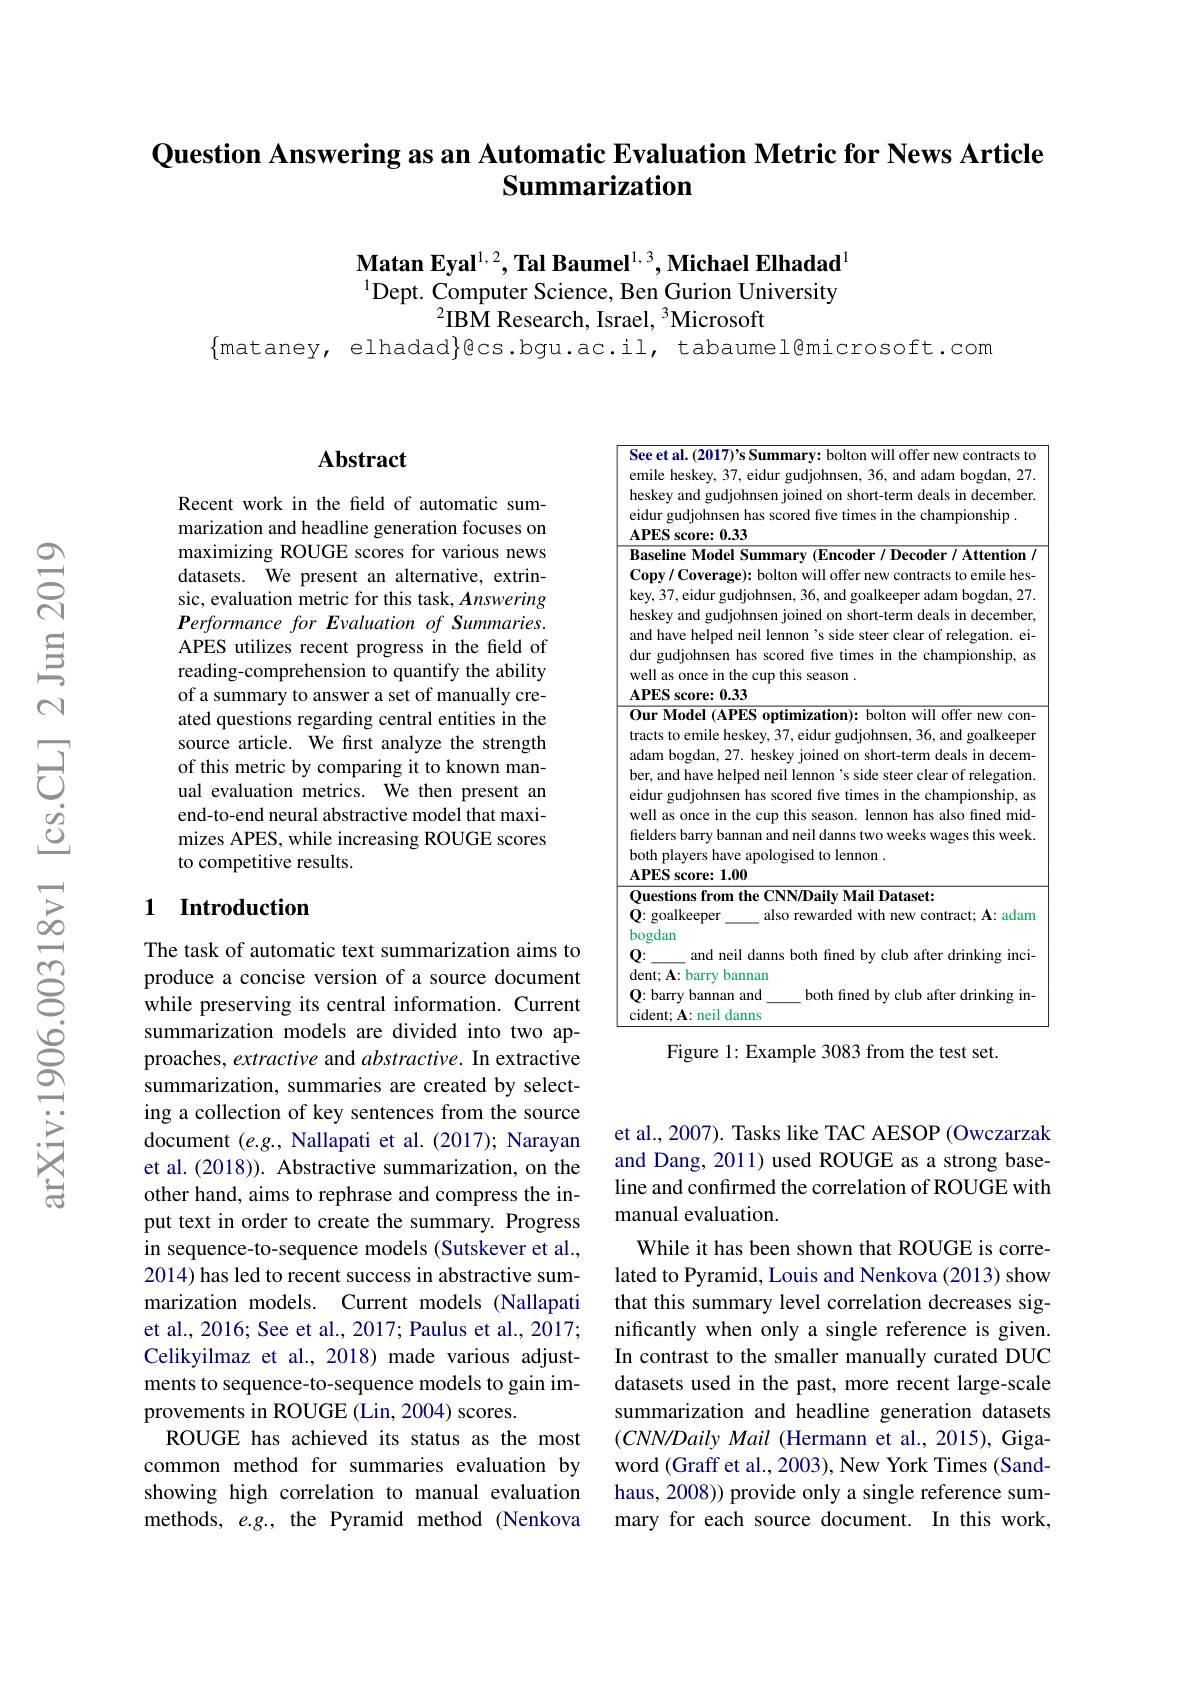
Question Answering as an Automatic Evaluation Metric for News Article
## Summarization

Matan Eyal$^{1,2},\textbf{Tal Baumel}^{1,3},\textbf{Michael Elhadad}^{1}$ $^{1}$Dept. Computer Science, Ben Gurion University
$^2$IBM Research, Israel, $^3$Microsoft

$\{$mataney, elhadad$\}$@cs.bgu.ac.il, tabaumel@microsoft.com

### $\mathbf{Abstract}$

Recent work in the field of automatic summarization and headline generation focuses on maximizing ROUGE scores for various news datasets. We present an alternative, extrinsic, evaluation metric for this task, Answering Performance for Evaluation of Summaries. APES utilizes recent progress in the field of reading-comprehension to quantify the ability of a summary to answer a set of manually created questions regarding central entities in the source article. We first analyze the strength of this metric by comparing it to known manual evaluation metrics. We then present an end-to-end neural abstractive model that maximizes APES, while increasing ROUGE scores to competitive results.

## 1 Introduction

The task of automatic text summarization aims to produce a concise version of a source document while preserving its central information. Current summarization models are divided into two approaches, extractive and abstractive. In extractive summarization, summaries are created by selecting a collection of key sentences from the source document $(e.g.$, Nallapati et al. (2017); Narayan et al. (2018)). Abstractive summarization, on the other hand, aims to rephrase and compress the input text in order to create the summary. Progress in sequence-to-sequence models (Sutskever et al. 2014) has led to recent success in abstractive summarization models. Current models (Nallapati et al., 2016; See et al., 2017; Paulus et al., 2017; Celikyilmaz et al., 2018) made various adjustments to sequence-to-sequence models to gain improvements in ROUGE (Lin, 2004) scores.
ROUGE has achieved its status as the most common method for summaries evaluation by showing high correlation to manual evaluation methods, $e.g.$, the Pyramid method (Nenkova

<table>
	<tbody>
		<tr>
			<td>$b$ $e.$ $W$</td>
			<td>helped neil lennon's side steer clear of relegat hnsen has scored five times in the championship, a e in the cup this season. lennon has also fined mid-</td>
		</tr>
		<tr>
			<td>b</td>
			<td>from the CNN/Daily Mail Dataset: yer also rewarded with new contract; $\mathbf{A}:$ adam</td>
		</tr>
		<tr>
			<td>d</td>
			<td>d neil danns both fined by club after drinking inci- ry bannan</td>
		</tr>
		<tr>
			<td>$C$</td>
			<td>nnan and both fined by club after drinking in eil danns</td>
		</tr>
	</tbody>
</table>
Figure 1: Example 3083 from the test set.

et al., 2007). Tasks like TAC AESOP (Owczarzak and Dang, 2011) used ROUGE as a strong baseline and confirmed the correlation of ROUGE with manual evaluation.
While it has been shown that ROUGE is correlated to Pyramid, Louis and Nenkova (2013) show that this summary level correlation decreases significantly when only a single reference is given. In contrast to the smaller manually curated DUC datasets used in the past, more recent large-scale summarization and headline generation datasets $(CNN/DailyMail$ (Hermann et al., 2015), Gigaword (Graff et al., 2003), New York Times (Sandhaus, 2008)) provide only a single reference summary for each source document. In this work,